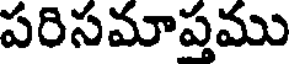
పరిసమాప్తము